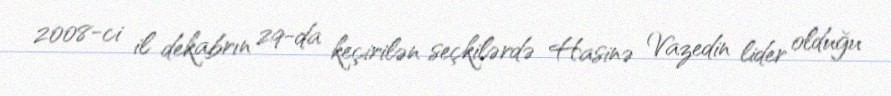
2008-ci il dekabrın 29-da keçirilən seçkilərdə Hasinə Vazedin lider olduğu